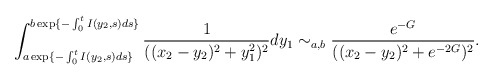
\begin{align*}\int_{a\exp\{-\int_0^tI(y_2,s)ds\}}^{b\exp\{-\int_0^tI(y_2,s)ds\}}\frac{1}{((x_2-y_2)^2+y_1^2)^2}dy_1\sim_{a,b}\frac{e^{-G}}{((x_2-y_2)^2+e^{-2G})^2}.\end{align*}